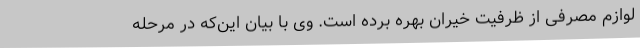
لوازم مصرفی از ظرفیت خیران بهره برده است. وی با بیان این‌که در مرحله